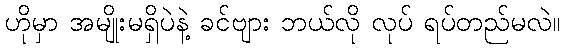
ဟိုမှာ အမျိုးမရှိပဲနဲ့ ခင်ဗျား ဘယ်လို လုပ် ရပ်တည်မလဲ။